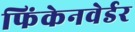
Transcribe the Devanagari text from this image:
फिंकेनवेर्डर